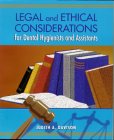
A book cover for Legal And Ethical Considerations For Dental Hygienists And Assistants, 1e; Judith Ann Davison JD  RDH; Medical Books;